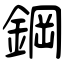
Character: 鋼